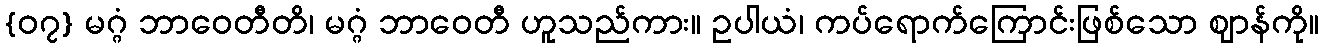
{၀၇} မဂ္ဂံ ဘာဝေတီတိ၊ မဂ္ဂံ ဘာဝေတီ ဟူသည်ကား။ ဥပါယံ၊ ကပ်ရောက်ကြောင်းဖြစ်သော ဈာန်ကို။